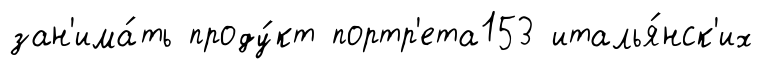
зан'има́ть проду́кт портр'ета153 италья́нск'их